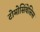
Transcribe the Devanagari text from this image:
टोमोसिंथेसिस